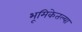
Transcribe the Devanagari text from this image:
भूमिकेतल्या